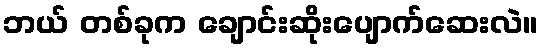
ဘယ် တစ်ခုက ချောင်းဆိုးပျောက်ဆေးလဲ။